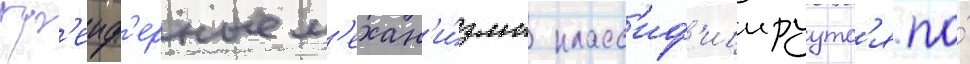
Гр'еиф'ерные м'ехан'и́змы класс'иф'ицируутс'я по́